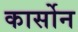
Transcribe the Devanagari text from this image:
कार्सोन